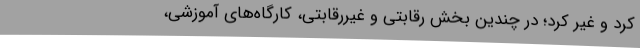
کُرد و غير کُرد؛ در چندین بخش رقابتی و غیررقابتی، کارگاه‌های آموزشی،